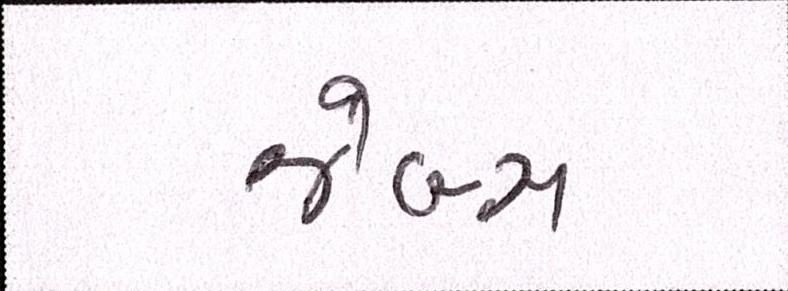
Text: જેબ્સ